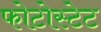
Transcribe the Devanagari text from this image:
फोटोस्टेट